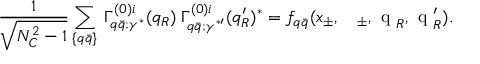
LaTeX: \frac 1 { \sqrt { N _ { C } ^ { 2 } - 1 } } \sum _ { \{ q \bar { q } \} } \: \Gamma _ { q \bar { q } ; \gamma ^ { * } } ^ { ( 0 ) i } ( q _ { R } ) \: \Gamma _ { q \bar { q } ; \gamma ^ { * \prime } } ^ { ( 0 ) i } ( q _ { R } ^ { \prime } ) ^ { * } = f _ { q \bar { q } } ( x _ { \pm } , \mathrm { \boldmath ~ \ell ~ } _ { \pm } , \mathrm { \boldmath ~ q ~ } _ { R } , \mathrm { \boldmath ~ q ~ } _ { R } ^ { \prime } ) .